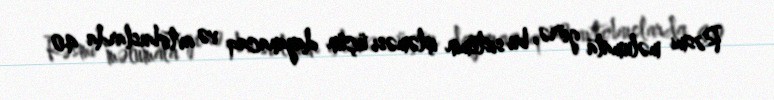
Rəsmi məlumata görə, bu sistemin işləməsi üçün dayanacaq və avtobuslarda 40